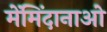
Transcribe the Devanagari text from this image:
मेंमिंदानाओ